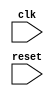
module behavioral_model (
    input wire clk,
    input wire reset,
    // Add other input/output ports here
);

// Declare any internal signals or variables here

always @(posedge clk or negedge reset) begin
    if (!reset) begin
        // Reset behavior here
    end else begin
        // Clock edge behavior here
    end
end

// Add the functionality of the module here

endmodule